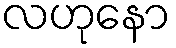
လဟုနော